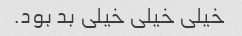
خیلی خیلی خیلی بد بود.